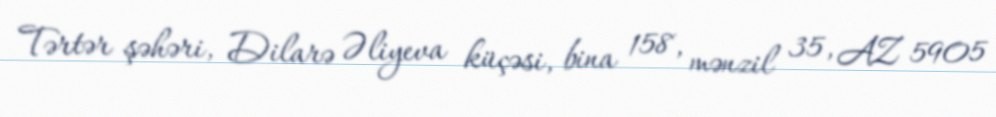
Tərtər şəhəri, Dilarə Əliyeva küçəsi, bina 158, mənzil 35, AZ 5905